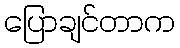
ပြောချင်တာက